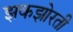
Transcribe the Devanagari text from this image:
झकझोरती